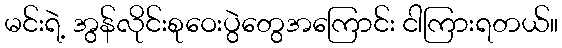
မင်းရဲ့ အွန်လိုင်းစုဝေးပွဲတွေအကြောင်း ငါကြားရတယ်။